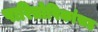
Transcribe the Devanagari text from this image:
पारितोषिकांसह